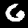
Digit: 6